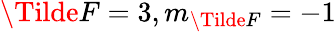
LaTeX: \Tilde{F}=3,m_{\Tilde{F}}=-1